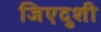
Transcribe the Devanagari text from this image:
जिएदुशी